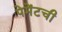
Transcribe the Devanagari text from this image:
पेमेंटची